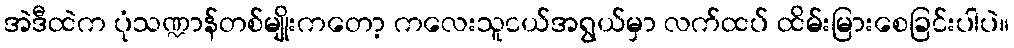
အဲဒီထဲက ပုံသဏ္ဍာန်တစ်မျိုးကတော့ ကလေးသူငယ်အရွယ်မှာ လက်ထပ် ထိမ်းမြားစေခြင်းပါပဲ။